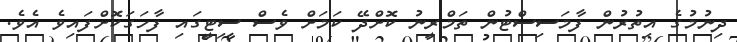
ދިނުމުގެ އިތުރުން ފާމަސިސްޓުން ތަމްރީނު ކޮށްދޭ ކަމަށް ވެސް ސިޓީގައި ފާހަގަކޮށްފައިވެ އެވެ.